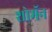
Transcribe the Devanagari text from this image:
शोमॅन